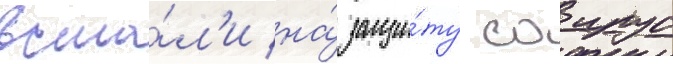
вста́л'и на́ защи́ту саирус